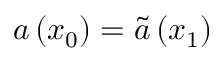
a \left( x _ { 0 } \right) = \tilde { a } \left( x _ { 1 } \right)